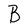
Character: B